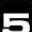
Digit: 5